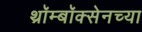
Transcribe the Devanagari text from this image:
थ्रॉम्बॉक्सेनच्या